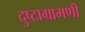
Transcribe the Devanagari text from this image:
दुष्टाग्रामणी